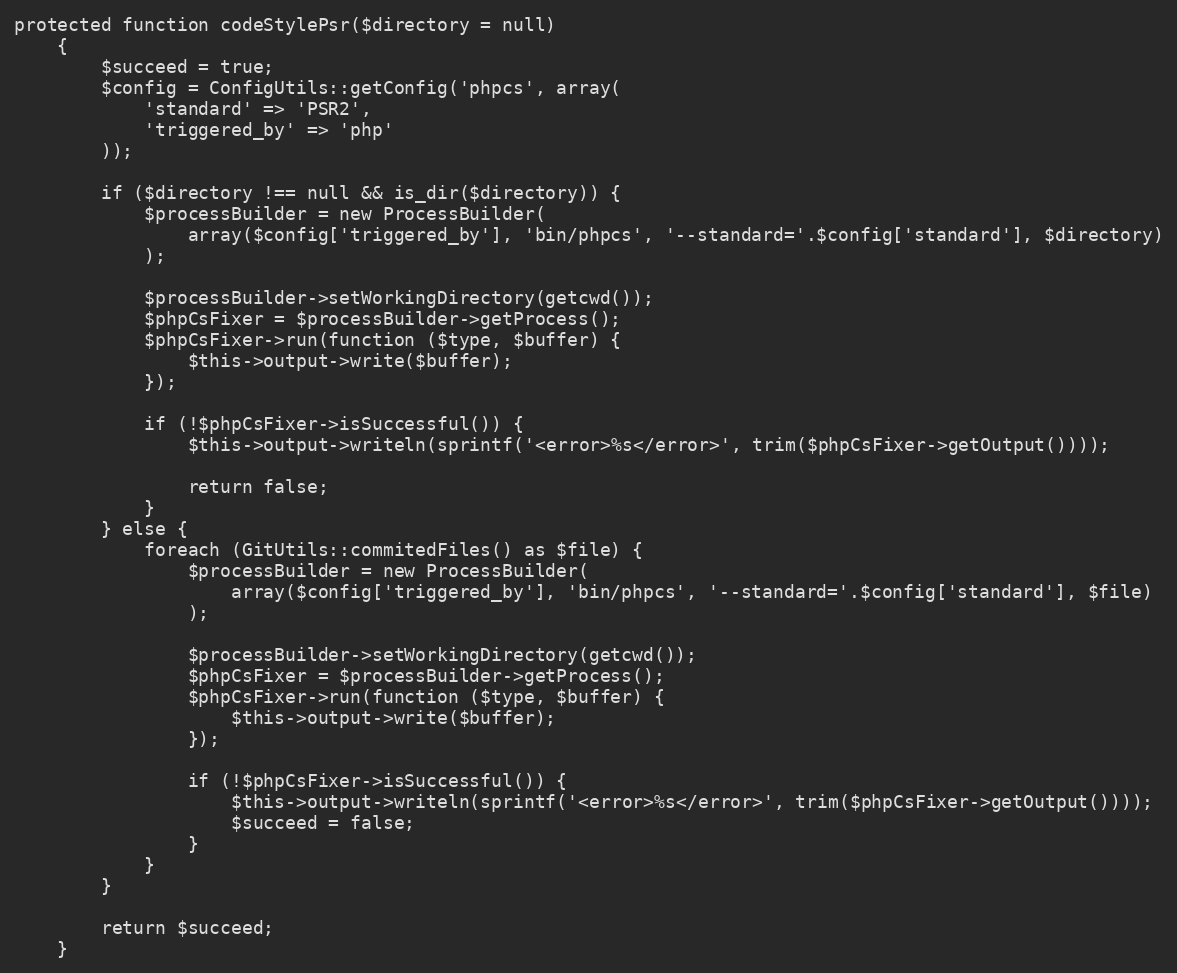
Language: PHP
protected function codeStylePsr($directory = null)
    {
        $succeed = true;
        $config = ConfigUtils::getConfig('phpcs', array(
            'standard' => 'PSR2',
            'triggered_by' => 'php'
        ));

        if ($directory !== null && is_dir($directory)) {
            $processBuilder = new ProcessBuilder(
                array($config['triggered_by'], 'bin/phpcs', '--standard='.$config['standard'], $directory)
            );

            $processBuilder->setWorkingDirectory(getcwd());
            $phpCsFixer = $processBuilder->getProcess();
            $phpCsFixer->run(function ($type, $buffer) {
                $this->output->write($buffer);
            });

            if (!$phpCsFixer->isSuccessful()) {
                $this->output->writeln(sprintf('<error>%s</error>', trim($phpCsFixer->getOutput())));

                return false;
            }
        } else {
            foreach (GitUtils::commitedFiles() as $file) {
                $processBuilder = new ProcessBuilder(
                    array($config['triggered_by'], 'bin/phpcs', '--standard='.$config['standard'], $file)
                );

                $processBuilder->setWorkingDirectory(getcwd());
                $phpCsFixer = $processBuilder->getProcess();
                $phpCsFixer->run(function ($type, $buffer) {
                    $this->output->write($buffer);
                });

                if (!$phpCsFixer->isSuccessful()) {
                    $this->output->writeln(sprintf('<error>%s</error>', trim($phpCsFixer->getOutput())));
                    $succeed = false;
                }
            }
        }

        return $succeed;
    }